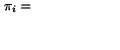
\pi _ { i } =